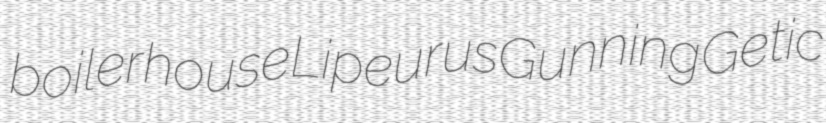
boilerhouse Lipeurus Gunning Getic